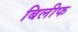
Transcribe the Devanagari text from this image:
बिलीफ